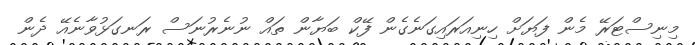
މިނިސްޓަރޭ މެން ފަޔަށް ހިނިއަރައިގަނެގެން ފޭކް ބަޔާން ތައް ނުނެރުނަސް ރަނގަޅުވާނެއޭ ދެން